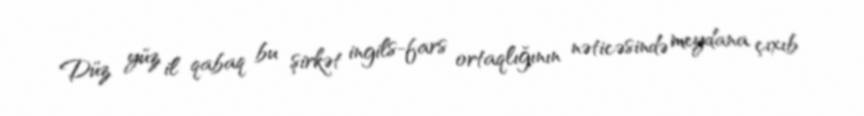
Düz yüz il qabaq bu şirkət ingils-fars ortaqlığının nəticəsində meydana çıxıb